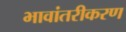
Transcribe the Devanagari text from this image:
भावांतरीकरण